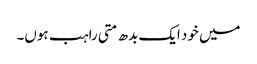
میں خود ایک بدھ متی راہب ہوں۔